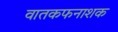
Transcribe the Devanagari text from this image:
वातकफनाशक